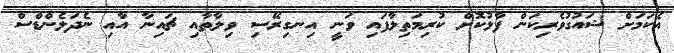
އެކަމަށް ޝައުގުވެރިކަން ފާޅުކޮށް ކުރިމަތިލާފައި ވަނީ އިނގިރޭސި ވިލާތާއި ޗައިނާ އާއި ނެދަލެންޑްސް